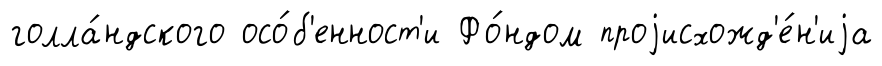
голла́ндского осо́б'енност'и Фо́ндом проjисхожд'е́н'иjа